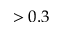
> 0 . 3